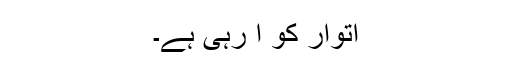
اتوار کو آ رہی ہے۔